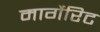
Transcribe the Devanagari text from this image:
मार्गेरिट